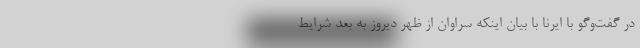
در گفت‌وگو با ایرنا با بیان اینکه سراوان از ظهر دیروز به بعد شرایط